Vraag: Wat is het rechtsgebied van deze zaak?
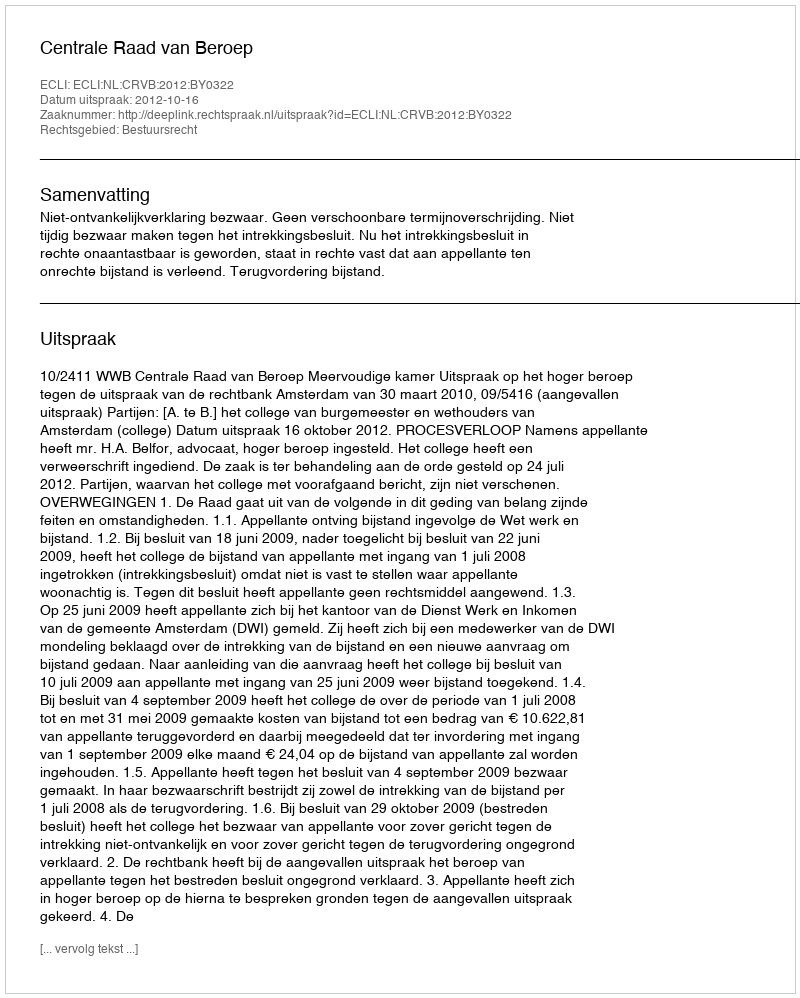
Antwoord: Bestuursrecht